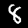
Digit: 8